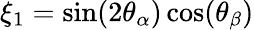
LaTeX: \xi_{1}=\sin(2\theta_{\alpha})\cos(\theta_{\beta})